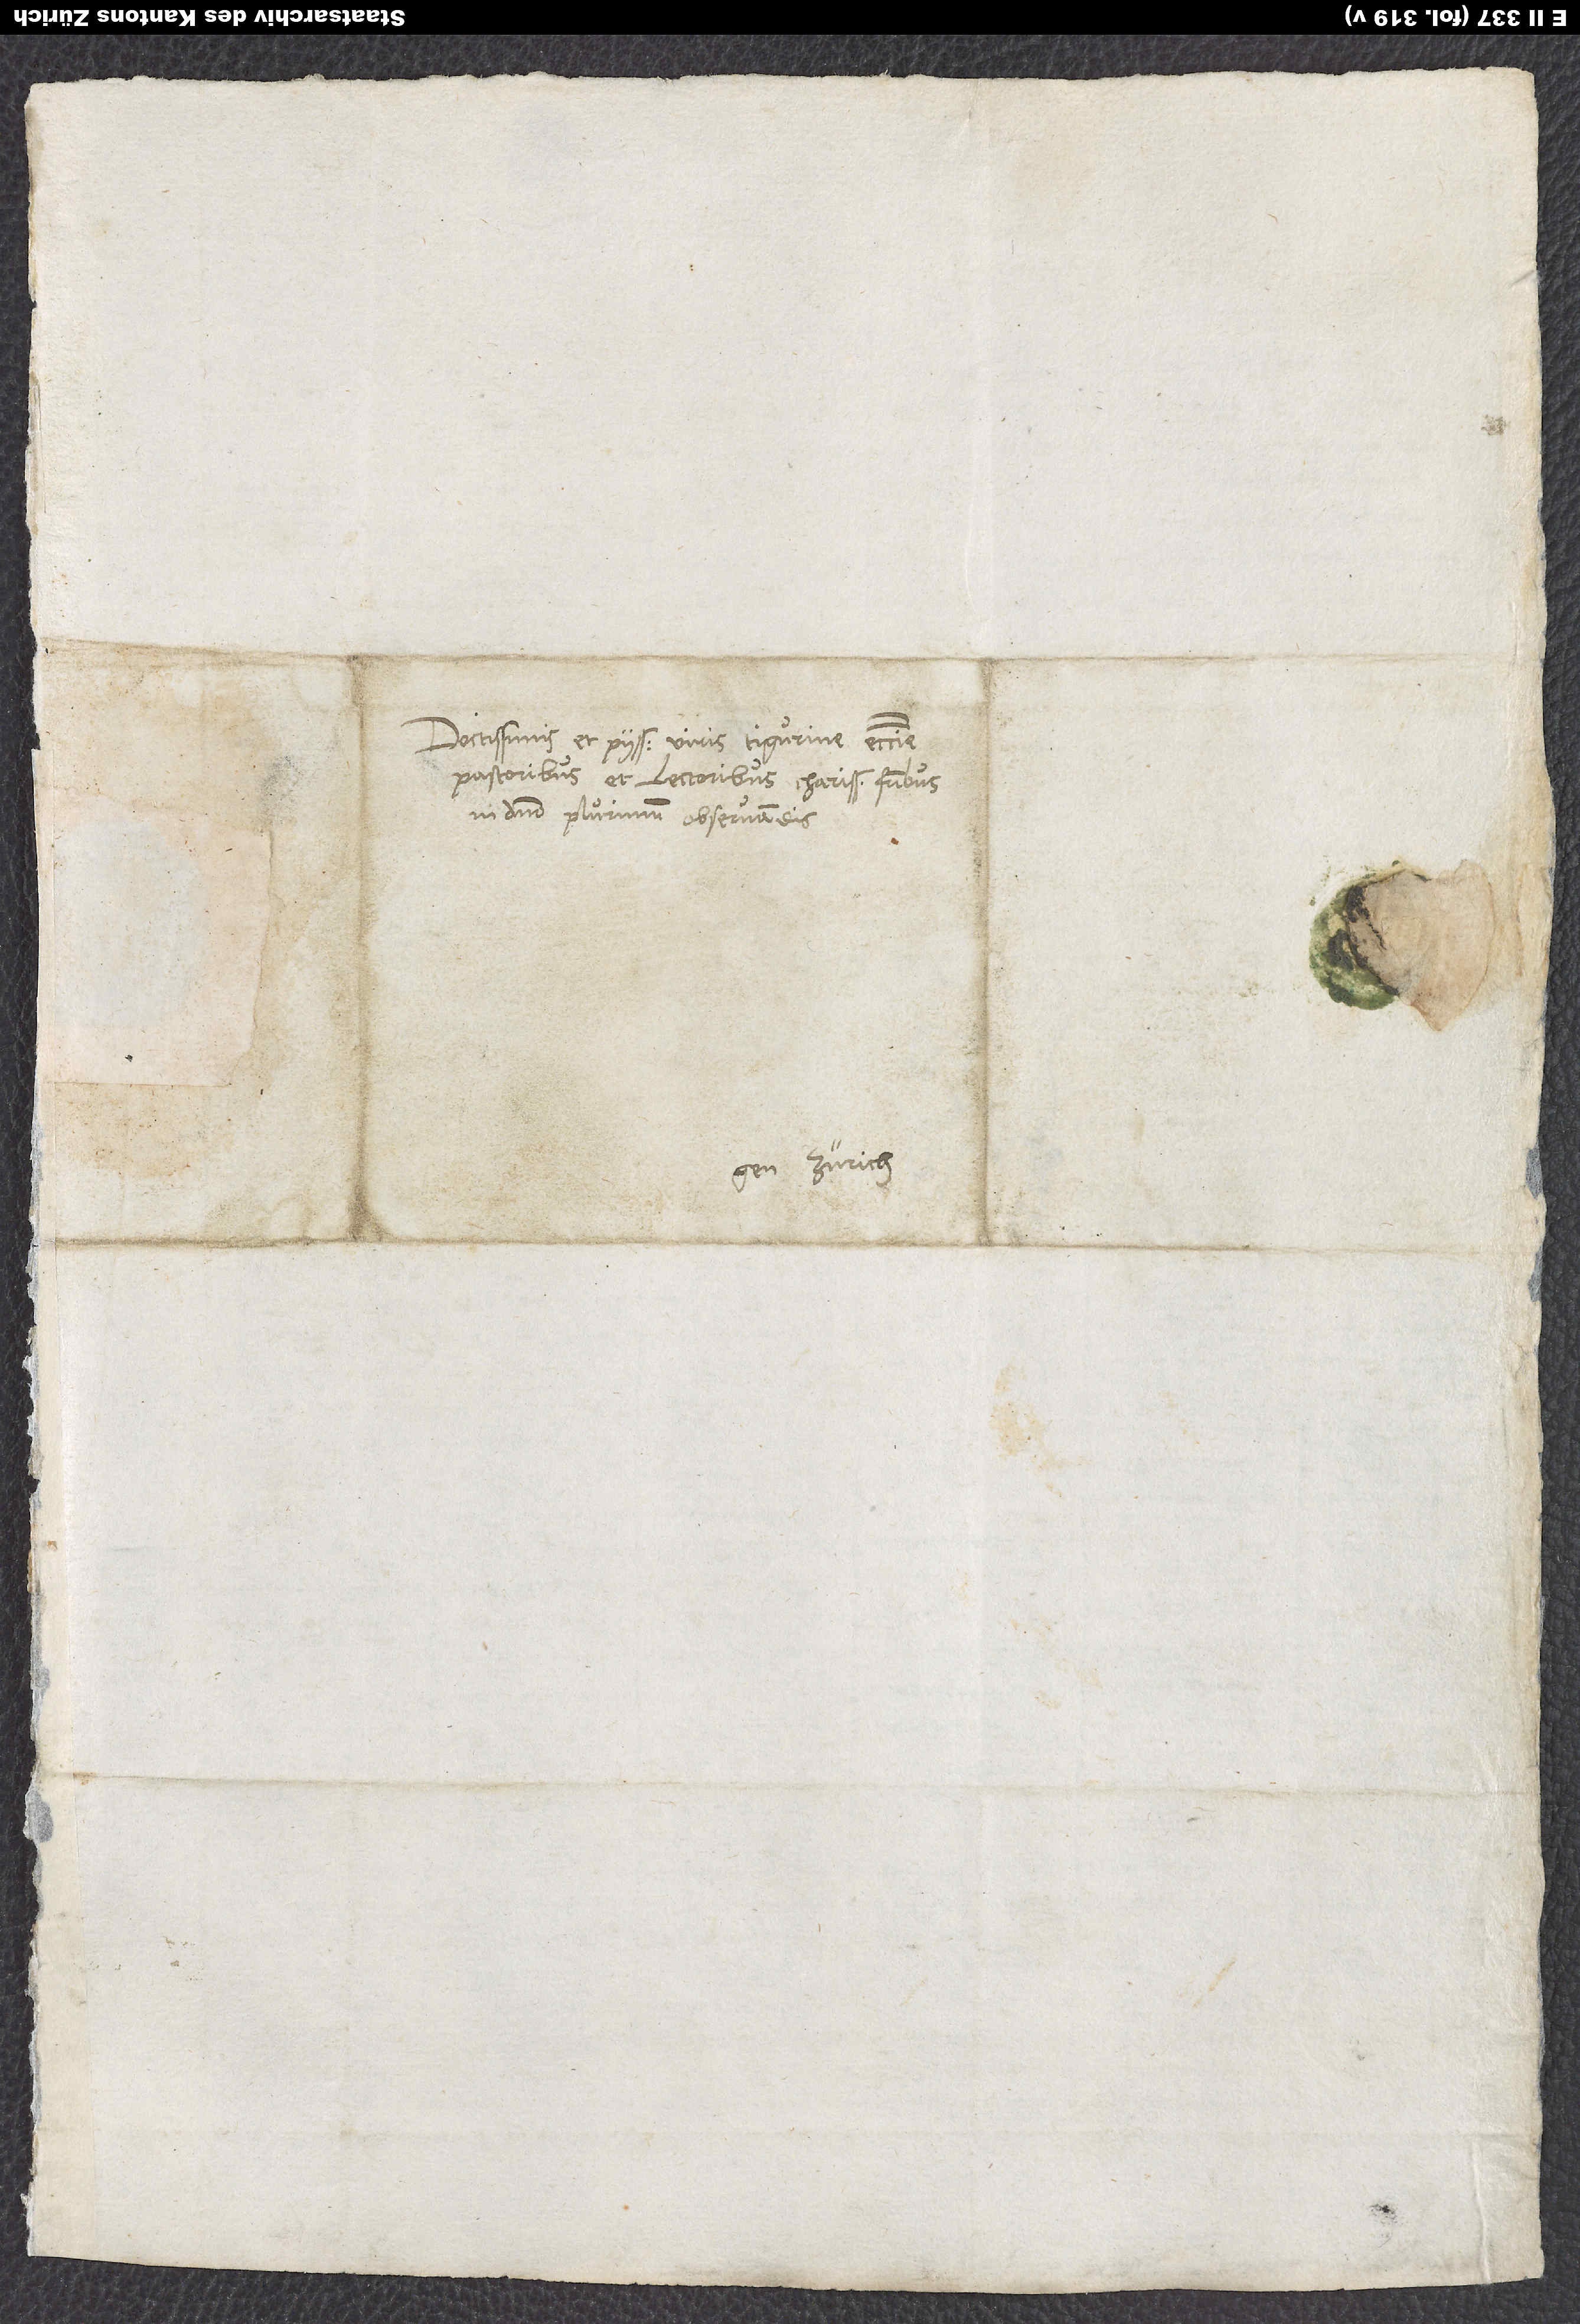
Doctissimis et piissimis viris, Tigurine ecclesie
pastoribus et lectoribus, charissimis fratribus
in domino plurimum observandis.
Gen Zürich.